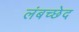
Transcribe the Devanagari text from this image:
लंबच्छेद